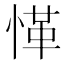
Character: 愅